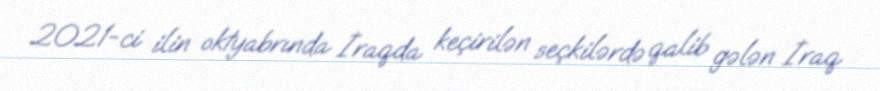
2021-ci ilin oktyabrında İraqda keçirilən seçkilərdə qalib gələn İraq